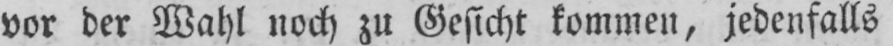
vor der Wahl noch zu Gesicht kommen, jedenfalls